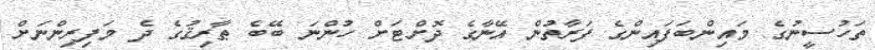
ތަހުސީނުގެ މައިންބަފައިންގެ ފަރާތުން އޭނާގެ ދޮށްޓަށް ހުންނަ ބޭބެ ޠާރިޤުގެ ދެ މަފިރިންނަށް